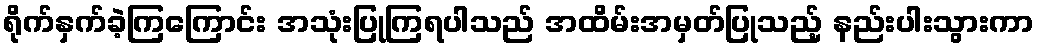
ရိုက်နှက်ခဲ့ကြကြောင်း အသုံးပြုကြရပါသည် အထိမ်းအမှတ်ပြုသည့် နည်းပါးသွားကာ